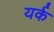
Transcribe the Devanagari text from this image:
यर्क